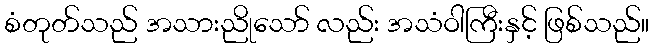
စံတုတ်သည် အသားညိုသော် လည်း အသံဝါကြီးနှင့် ဖြစ်သည်။